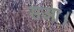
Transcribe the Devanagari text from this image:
सआ।